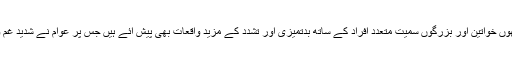
پنجاب پولیس کے ہاتھوں خواتین اور بزرگوں سمیت متعدد افراد کے ساتھ بدتمیزی اور تشدد کے مزید واقعات بھی پیش آئے ہیں جس پر عوام نے شدید غم وغصے کا اظہار کیا۔